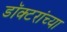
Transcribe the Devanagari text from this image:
डॉक्‍टरांच्या